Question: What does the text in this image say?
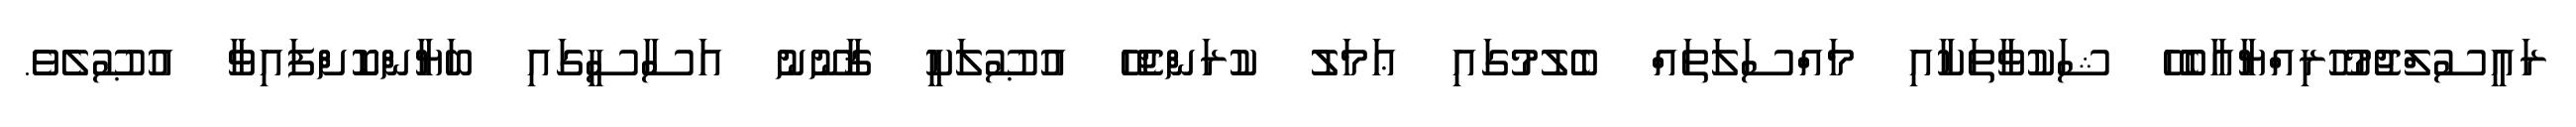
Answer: ރައީސުލްޖުމުހޫރިއްޔާއާބެހޭ ޝަކުވާތަކާއި މައްސަލަތައް ބެލުމުގައި ޢަމަލު ކުރަންޖެހޭ އުޞޫލަކީ ޤާނޫނު އަސާސީގައި ބަޔާންކޮށްފައިވާ އުޞޫލެވެ.